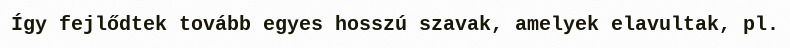
Így fejlődtek tovább egyes hosszú szavak, amelyek elavultak, pl.